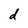
Character: d